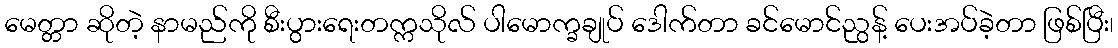
မေတ္တာ ဆိုတဲ့ နာမည်ကို စီးပွားရေးတက္ကသိုလ် ပါမောက္ခချုပ် ဒေါက်တာ ခင်မောင်ညွန့် ပေးအပ်ခဲ့တာ ဖြစ်ပြီး၊